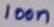
Text: 100n